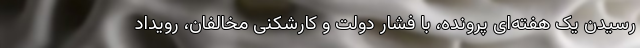
رسیدنِ یک هفته‌ای پرونده، با فشارِ دولت و کارشکنیِ مخالفان، رویداد